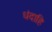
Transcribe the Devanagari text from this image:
धंदाहि